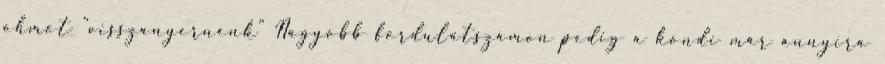
ohmot "visszanyernénk" Nagyobb fordulatszámon pedig a kondi már annyira